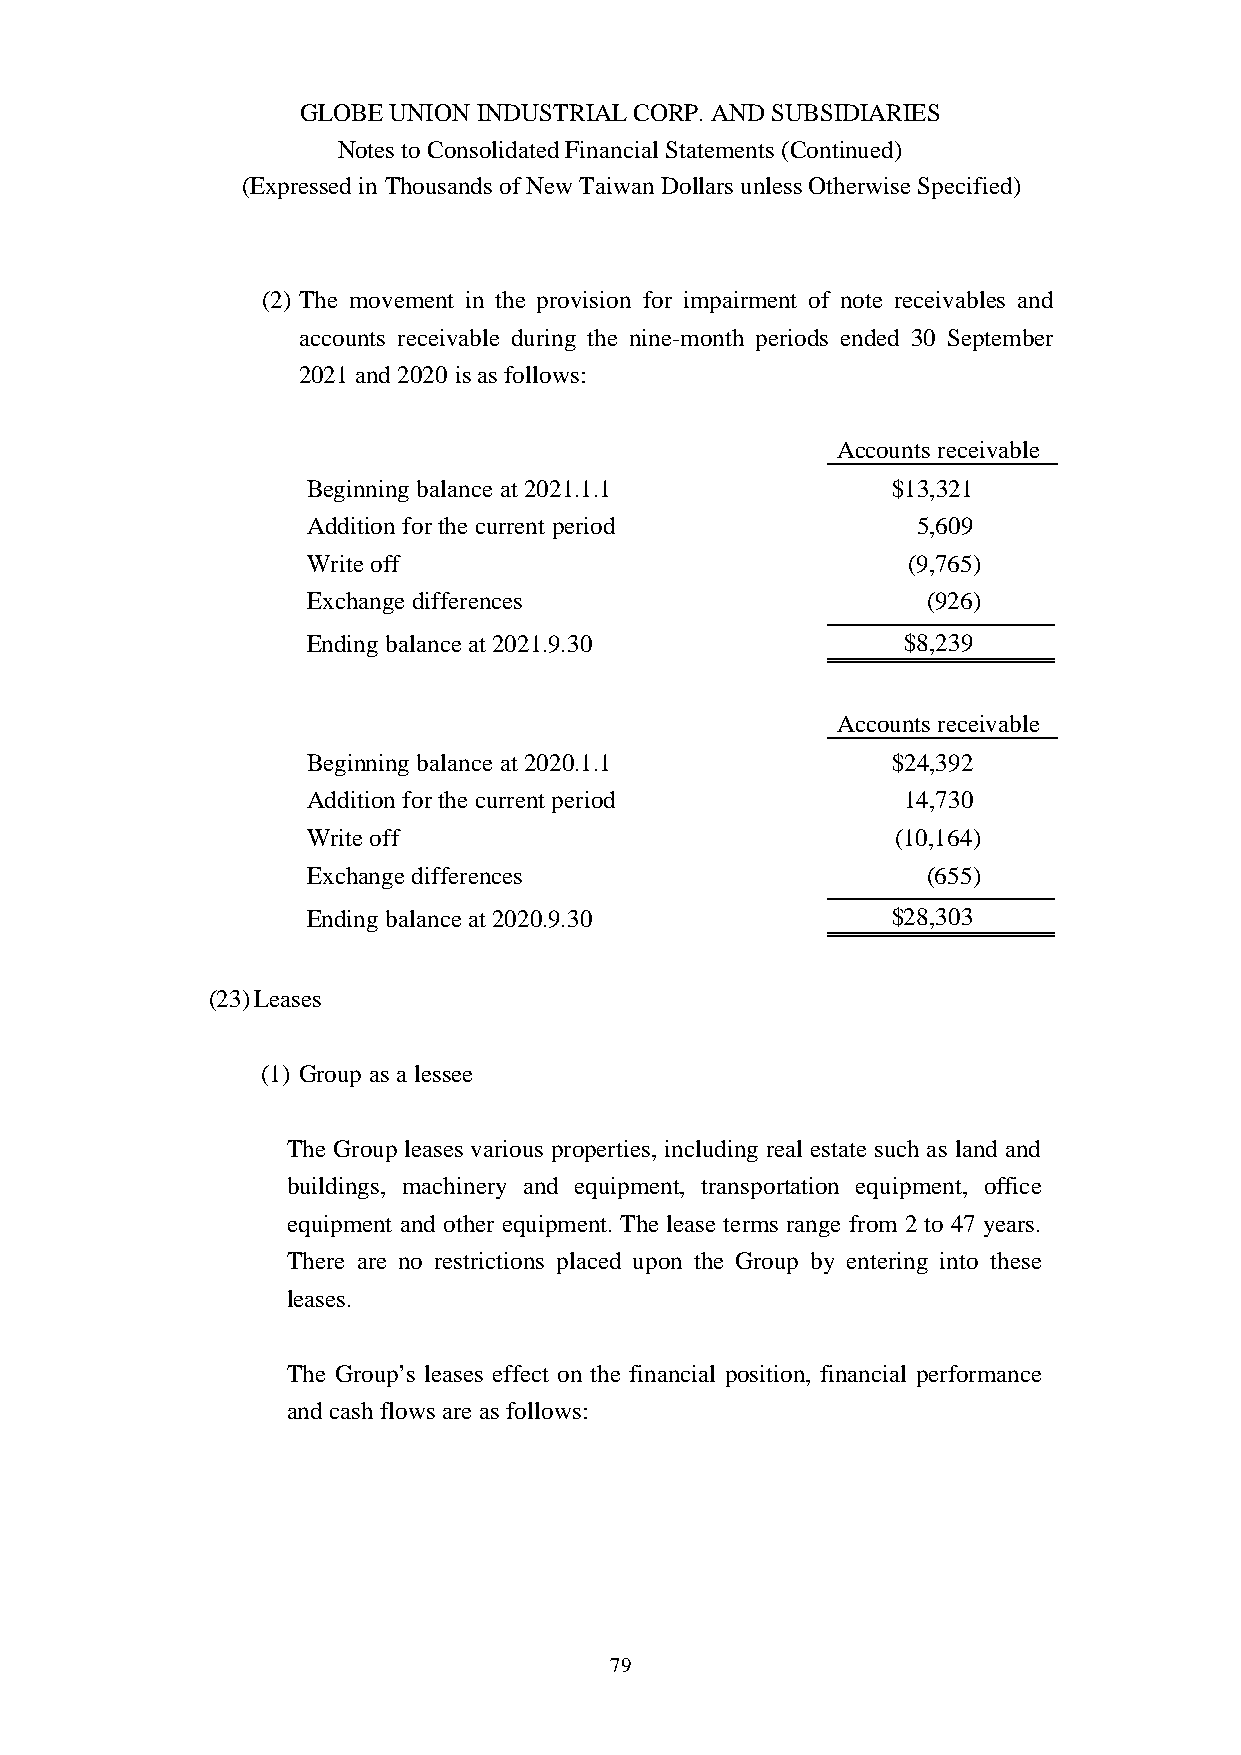
GLOBE UNION INDUSTRIAL CORP. AND SUBSIDIARIES
 Notes to Consolidated Financial Statements (Continued)
 (Expressed in Thousands of New Taiwan Dollars unless Otherwise Specified)
 (2) The movement in the provision for impairment of note receivables and
 accounts receivable during the nine-month periods ended 30 September
 2021 and 2020 is as follows:
 Accountsreceivable
 Beginning balance at 2021.1.1          $13,321
 Addition forthe current period           5,609
 Write off                               (9,765)
 Exchange differences                     (926)
 Ending balance at 2021.9.30             $8,239
 Accounts receivable
 Beginning balance at 2020.1.1          $24,392
 Addition forthe current period          14,730
 Write off                              (10,164)
 Exchange differences                     (655)
 Ending balance at 2020.9.30            $28,303
 (23)Leases
 (1) Group as a lessee
 The Group leases various properties, including real estate such as land and
 buildings, machinery and equipment, transportation equipment, office
 equipment and other equipment. The lease terms range from 2 to 47 years.
 There are no restrictions placed upon the Group by entering into these
 leases.
 The Group’s leases effect on the financial position, financial performance
 and cash flows are as follows:
 79